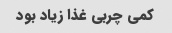
کمی چربی غذا زیاد بود